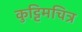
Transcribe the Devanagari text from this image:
कुट्टिमचित्र